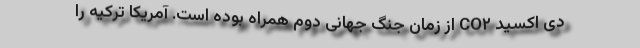
دی اکسید CO۲ از زمان جنگ جهانی دوم همراه بوده است. آمریکا ترکیه را